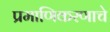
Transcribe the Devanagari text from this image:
प्रमाणिकरणाचे